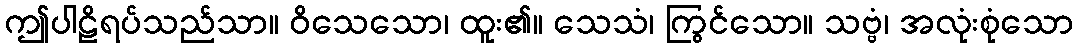
ဤပါဠိရပ်သည်သာ။ ဝိသေသော၊ ထူး၏။ သေသံ၊ ကြွင်သော။ သဗ္ဗံ၊ အလုံးစုံသော